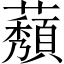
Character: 𬟒